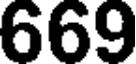
669